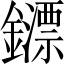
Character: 𨮶